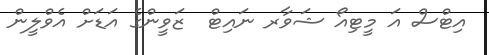
އިޓްސް އަ މީޓިއޯ ޝަވާރ ނައިޓް  ޒަވީންގެ އަޑަށް އެވްލީން